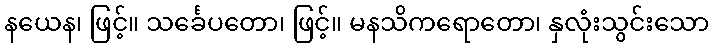
နယေန၊ ဖြင့်။ သင်္ခေပတော၊ ဖြင့်။ မနသိကရောတော၊ နှလုံးသွင်းသော